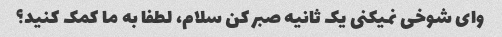
وای شوخی نمیکنی یک ثانیه صبر کن سلام، لطفا به ما کمک کنید؟